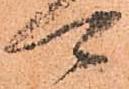
可